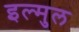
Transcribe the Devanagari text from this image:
इल्मुल